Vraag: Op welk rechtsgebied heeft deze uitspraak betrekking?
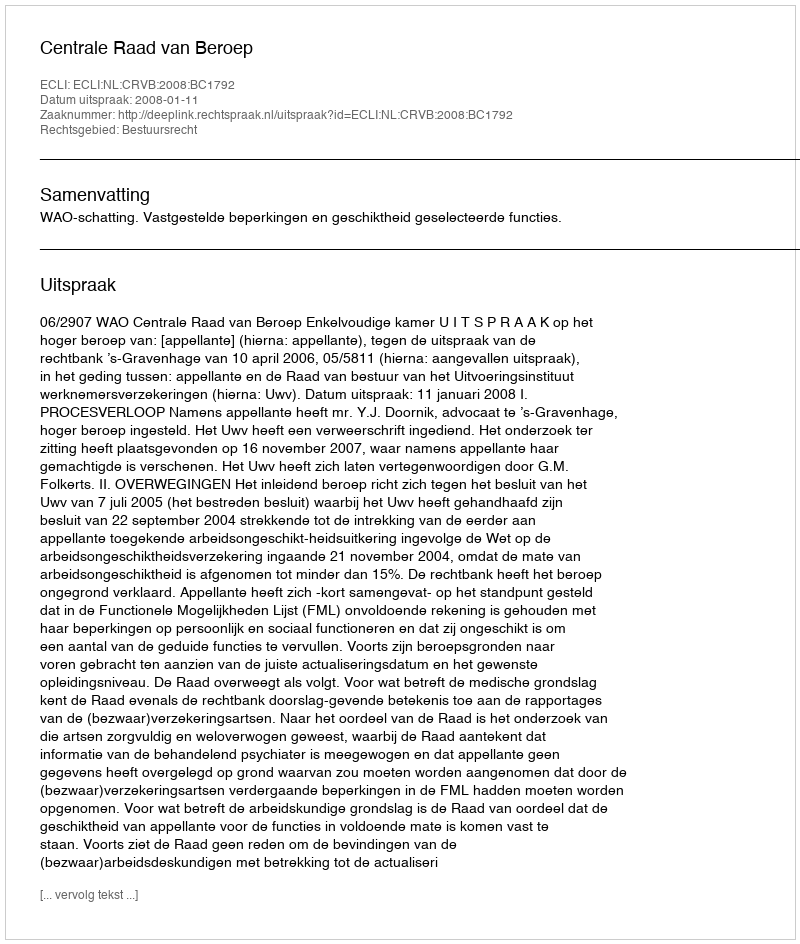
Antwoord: Bestuursrecht